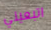
اتبعيني